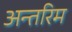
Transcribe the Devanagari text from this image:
अन्‍तरिम